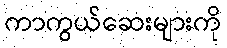
ကာကွယ်ဆေးများကို